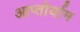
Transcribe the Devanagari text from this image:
आप्‍तोर्याम